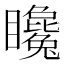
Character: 䂁